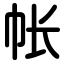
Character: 帐